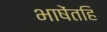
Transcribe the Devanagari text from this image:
भाषेंतहि